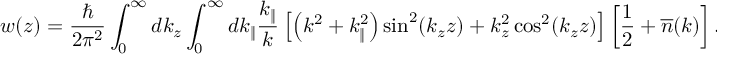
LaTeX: w ( z ) = { \frac { \hbar } { 2 \pi ^ { 2 } } } \int _ { 0 } ^ { \infty } d k _ { z } \int _ { 0 } ^ { \infty } d k _ { \| } { \frac { k _ { \| } } { k } } \left[ \left( k ^ { 2 } + k _ { \| } ^ { 2 } \right) \sin ^ { 2 } ( k _ { z } z ) + k _ { z } ^ { 2 } \cos ^ { 2 } ( k _ { z } z ) \right] \left[ { \frac { 1 } { 2 } } + { \overline { { n } } } ( k ) \right] .